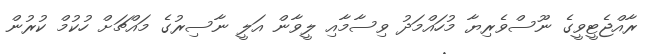
ރާއްޖެޓީވީގެ ނޫސްވެރިޔާ މުހައްމަދު ވިސާމާއި ލީވާން އަލީ ނާސިރުގެ މައްޗަށް ހުކުމް ކުރުން